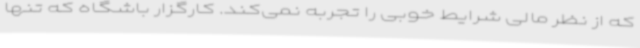
که از نظر مالی شرایط خوبی را تجربه نمی‌کند. کارگزار باشگاه که تنها